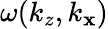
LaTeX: \omega(k_{z},k_{\mathbf{x}})